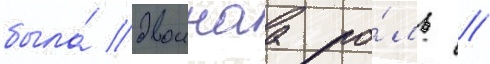
была́ двоинаа ро́ль //